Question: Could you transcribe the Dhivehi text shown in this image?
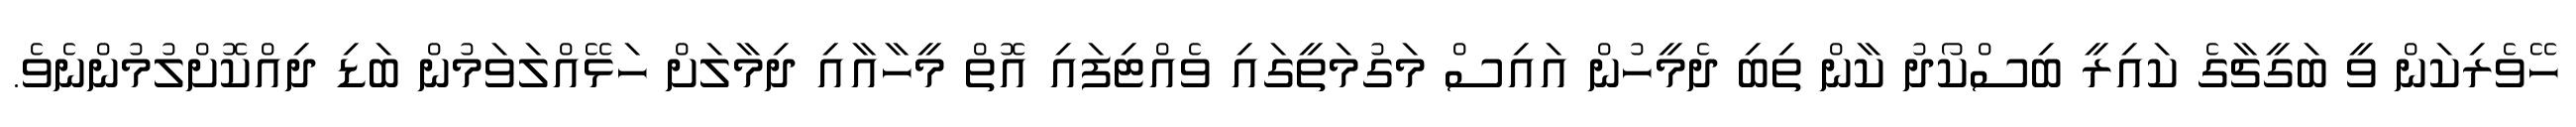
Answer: ހޭވެރިކަން ވީ ބަގީޗާގެ ކައިރީ ބިސްކޯދު ކާން ތިބި ދެމީހުން އައިސް މަގުމަތީގައި ވެއްޓިފައި އޮތް މީހާއާއި ދިމާލަށް ހަޅޭއްލަވަމުން ބަޑި ދިއްކޮށްލުމުންނެވެ.